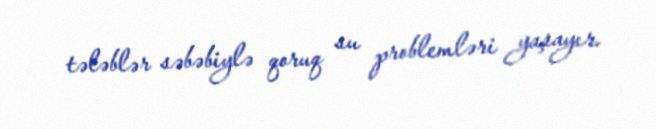
tələblər səbəbiylə qoruq su problemləri yaşayır.